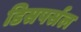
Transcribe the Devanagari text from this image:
डिसपर्सल